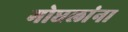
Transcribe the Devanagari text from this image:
मोघलांना